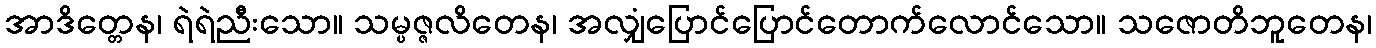
အာဒိတ္တေန၊ ရဲရဲညီးသော။ သမ္ပဇ္ဇလိတေန၊ အလျှံပြောင်ပြောင်တောက်လောင်သော။ သဇောတိဘူတေန၊